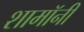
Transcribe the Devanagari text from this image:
शामॉनी